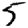
Digit: 5